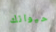
حيوانك